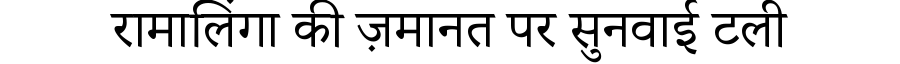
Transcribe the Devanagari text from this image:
रामालिंगा की ज़मानत पर सुनवाई टली